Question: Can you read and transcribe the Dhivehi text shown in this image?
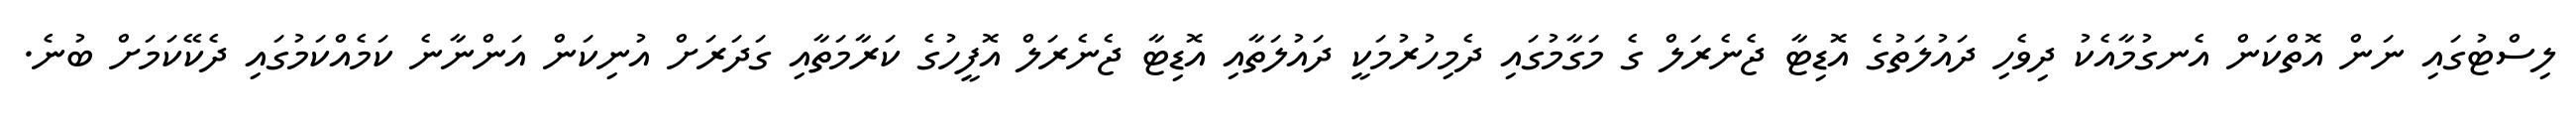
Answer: ލިސްޓުގައި ނަން އޮތްކަން އެނގުމާއެކު ދިވެހި ދައުލަތުގެ އޮޑިޓާ ޖެނެރަލް ގެ މަގާމުގައި ދެމިހުރުމަކީ ދައުލަތާއި އޮޑިޓާ ޖެނެރަލް އޮފީހުގެ ކަރާމަތާއި ގަދަރަށް އުނިކަން އަންނާނެ ކަމެއްކަމުގައި ދެކޭކަމަށް ބުނެ.